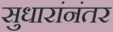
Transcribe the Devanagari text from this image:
सुधारांनंतर